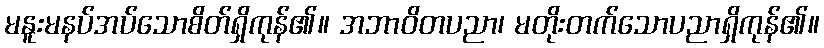
မနူးမနပ်အပ်သောစိတ်ရှိကုန်၏။ အဘာဝိတပညာ၊ မတိုးတက်သောပညာရှိကုန်၏။